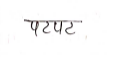
मजकूर: पटपट